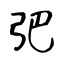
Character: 弝